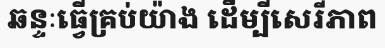
ឆន្ទៈធ្វើគ្រប់យ៉ាង ដើម្បីសេរីភាព